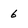
Character: 6